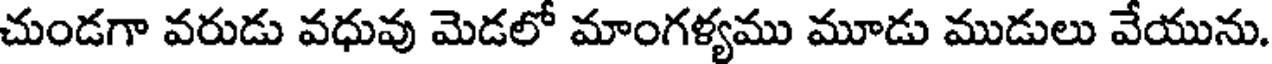
చుండగా వరుడు వధువు మెడలో మాంగళ్యము మూడు ముడులు వేయును.